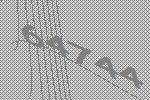
64744